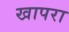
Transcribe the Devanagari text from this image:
खापरा